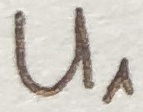
Text: U1